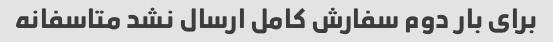
برای بار دوم سفارش کامل ارسال نشد متاسفانه